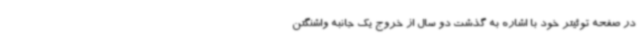
در صفحه توئیتر خود با اشاره به گذشت دو سال از خروج یک جانبه واشنگتن